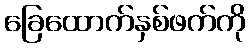
ခြေထောက်နှစ်ဖက်ကို